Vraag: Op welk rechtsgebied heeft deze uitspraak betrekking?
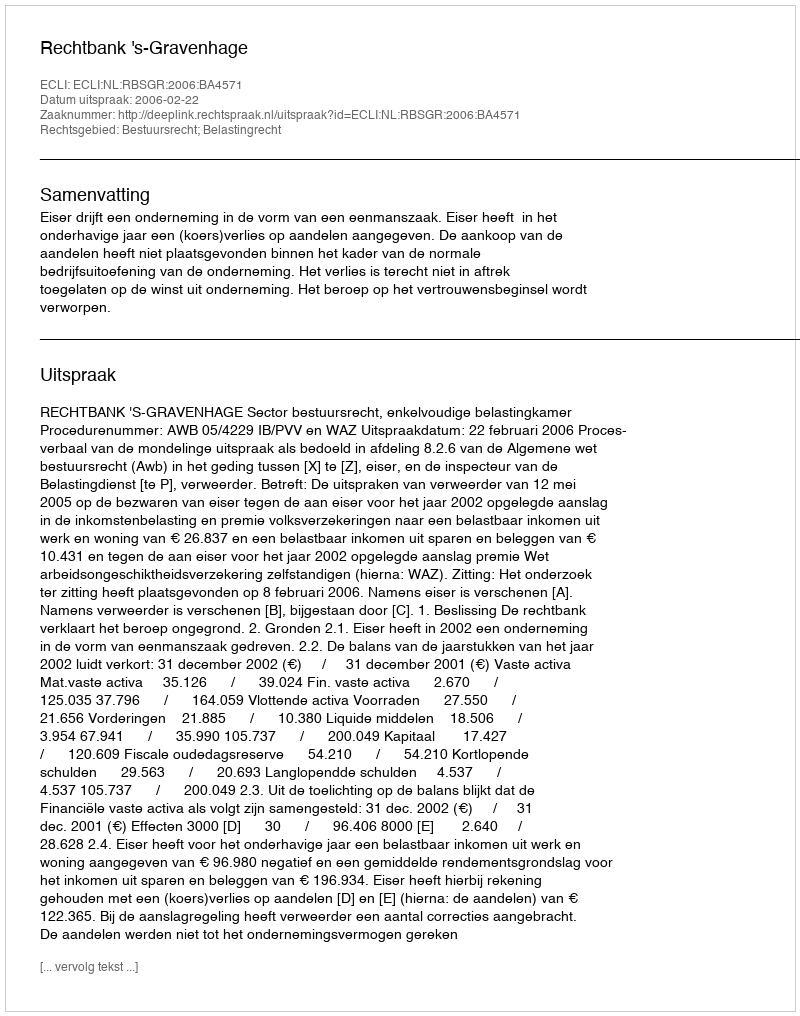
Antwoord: Bestuursrecht; Belastingrecht